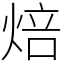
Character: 焙